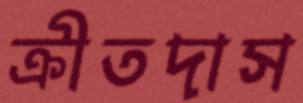
ক্রীতদাস